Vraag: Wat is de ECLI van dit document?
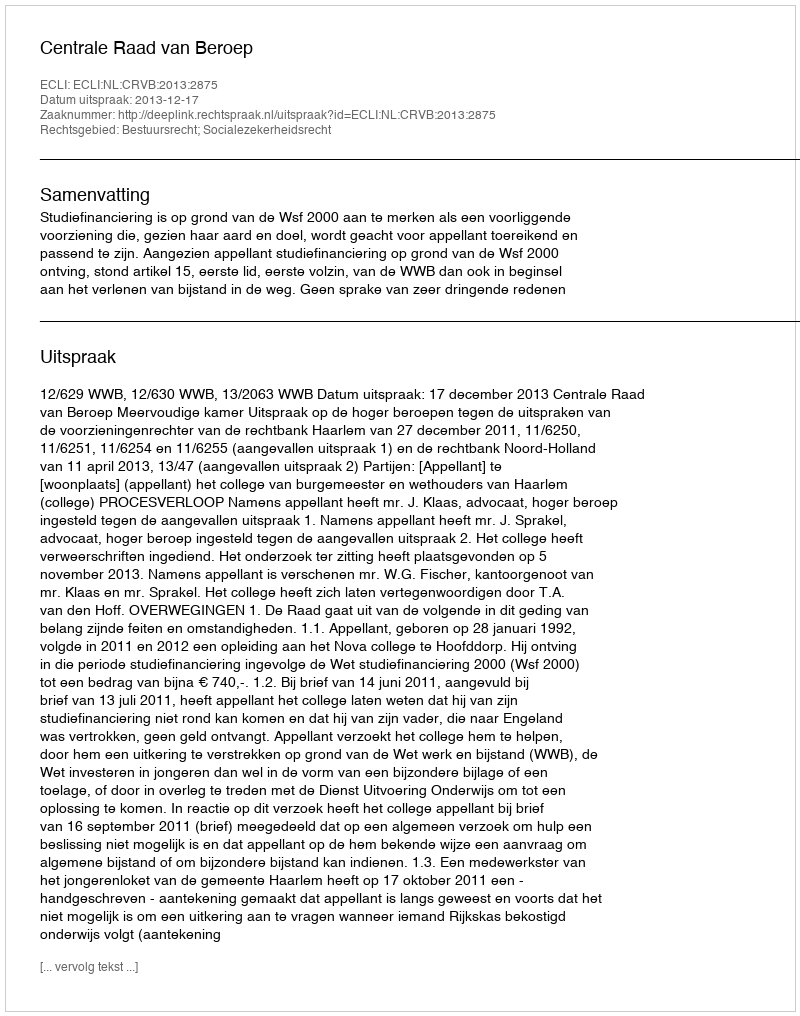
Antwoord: ECLI:NL:CRVB:2013:2875